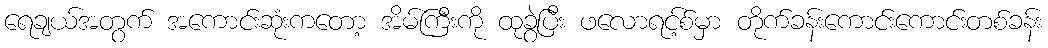
ရေချယ်အတွက် အကောင်းဆုံးကတော့ အိမ်ကြီးကို ထုခွဲပြီး ဖလောရင့်စ်မှာ တိုက်ခန်းကောင်းကောင်းတစ်ခန်း